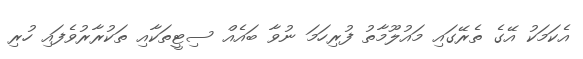
އެކަމަކު އޭގެ ތެރޭގައި މައުލޫމާތު ފުރިހަމަ ނުވާ ބައެއް ސިޓީތަކާއި ތަކުރާރުވެފައި ހުރި